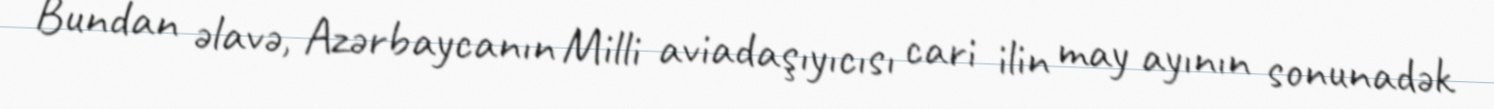
Bundan əlavə, Azərbaycanın Milli aviadaşıyıcısı cari ilin may ayının sonunadək